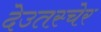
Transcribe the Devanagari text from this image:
देउतस्चेर